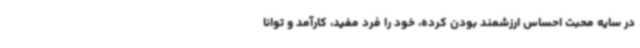
در سایه محبت احساس ارزشمند بودن کرده، خود را فرد مفید، کارآمد و توانا